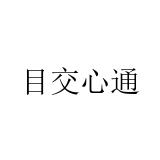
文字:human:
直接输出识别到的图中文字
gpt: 目交心通